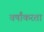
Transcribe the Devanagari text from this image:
वर्षांकरता